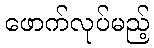
ဖောက်လုပ်မည့်